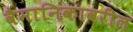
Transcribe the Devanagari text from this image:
वैमानिकावरील